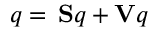
q = \, \mathbf { S } q + \mathbf { V } q